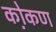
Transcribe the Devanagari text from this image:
को़कण